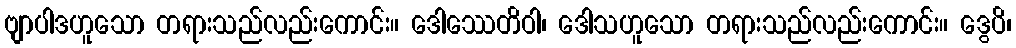
ဗျာပါဒဟူသော တရားသည်လည်းကောင်း။ ဒေါဿေတိဝါ၊ ဒေါသဟူသော တရားသည်လည်းကောင်း။ ဒွေပိ၊